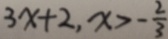
3 x + 2 , x > - \frac { 2 } { 3 }